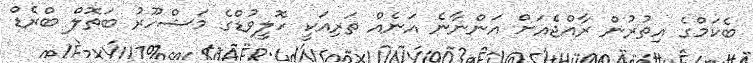
ބެކަމްގެ އިތުރުން ރާއްޖެއަށް އަންނާނެ އަނެއް ތަރިއަކީ ހޮލީވުޑްގެ މަޝްހޫރު ބަތޮލް ބްރެޑް